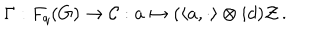
\Gamma : F _ { q } ( G ) \rightarrow { \cal C } : a \mapsto ( \langle a , \cdot \rangle \otimes i d ) { \cal Z } \, .